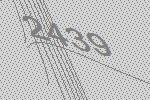
2439